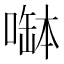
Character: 𠼭